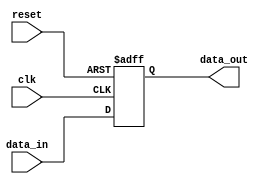
// Code your design here
module register(
  input wire clk,
  input wire reset,
  input wire [64-1:0] data_in,
  output wire [64-1:0] data_out);
  
  reg [64-1:0] temp_data_out;
  
  always @(posedge clk or negedge reset) //asynchronous,active low reset
    begin
      if(!reset)
        begin
        temp_data_out <= 64'b0;
        end
      else
        begin
          temp_data_out <= data_in; 
        end    
    end
  assign data_out = temp_data_out;
endmodule